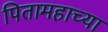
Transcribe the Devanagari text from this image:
पितामहाच्या